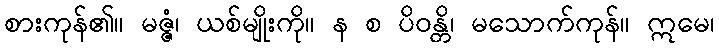
စားကုန်၏။ မဇ္ဇံ၊ ယစ်မျိုးကို။ န စ ပိဝန္တိ၊ မသောက်ကုန်။ ဣမေ၊